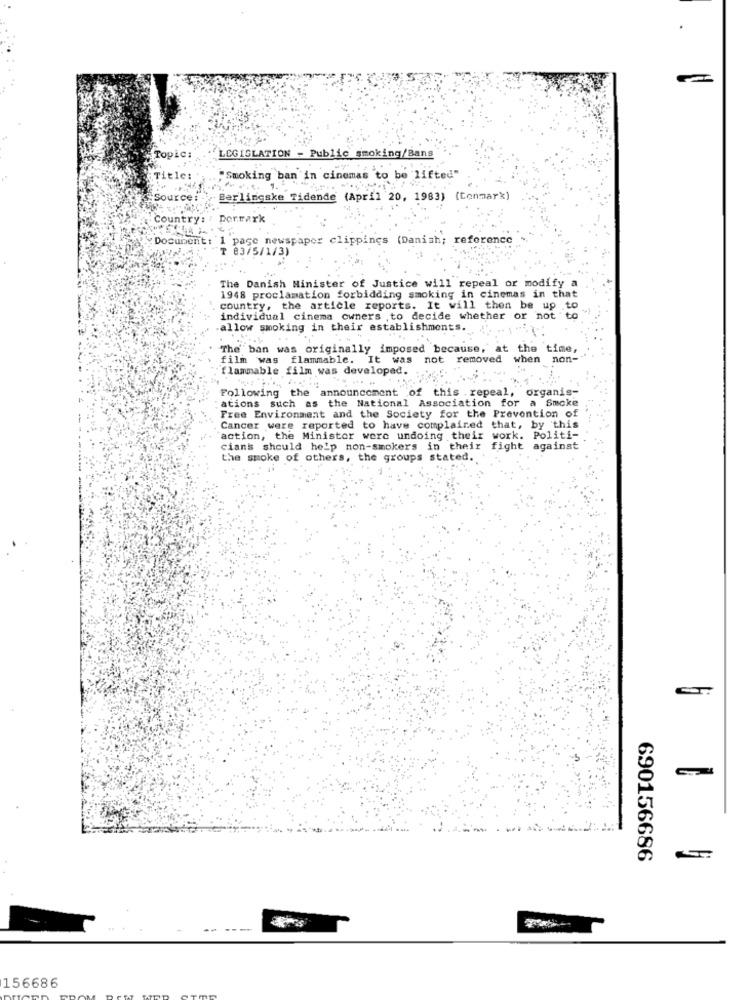
Topic:
LEGISLATION - Public smoking/Bans
Title:'
."Smoking ban in cinemas to be lifted"
"Source: . Berlingske Tidende (April 20, 1983) (Conmark)
Country: : Dormark
Document: 1 page newspaper clippings (Danish; reference
83/5/1/3)
The Danish Minister of Justice will repeal or modify a
1948 proclamation forbidding smoking in cinemas in that
country, the article reports. It will then be up to
individual cinema owners , to decide whether or not to
allow smoking in their establishments.
The ban was originally imposed because, at the time
film was flammable. It was not
removed when non-
flammable film was developed.
Following the announcement
f this .repeal, organis-
ations such as the National Association for a Smoke
Free Environment and the Society for the Prevention of
Cancer were reported to have complained that, by this
action, the Minister were undoing their work. Politi-
cians should help non-smokers in their fight against
the smoke of others, the groups stated.
690156686
156686